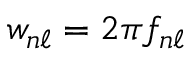
w _ { n \ell } = 2 \pi f _ { n \ell }